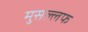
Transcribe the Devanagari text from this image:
मुसल्लफ